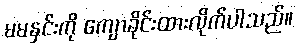
မမနှင်းကို ကျောခိုင်းထားလိုက်ပါသည်။